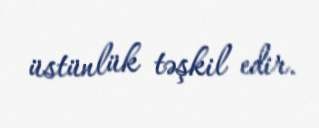
üstünlük təşkil edir.